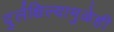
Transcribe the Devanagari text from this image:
दुर्लक्षिल्यामुळेही